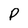
Character: P